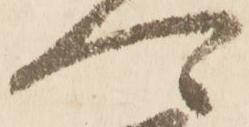
可